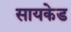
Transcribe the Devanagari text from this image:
सायकेड